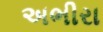
અભીરા